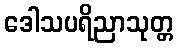
ဒေါသပရိညာသုတ္တ